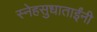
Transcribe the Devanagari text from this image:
स्नेहसुधाताईंनी